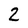
Character: 2